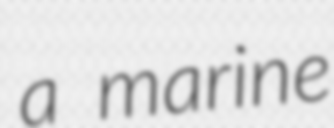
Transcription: a marine